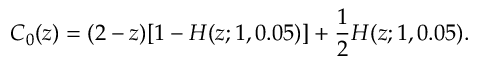
C _ { 0 } ( z ) = ( 2 - z ) [ 1 - H ( z ; 1 , 0 . 0 5 ) ] + \frac { 1 } { 2 } H ( z ; 1 , 0 . 0 5 ) .